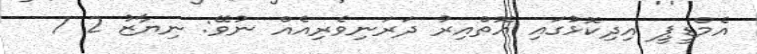
އެމްޑީޕީ އިދިކޮޅުގައި އޮތްއިރު ދަރަނިވެރިއެއް ނުވޭ: ނިޔާޒު 2 1